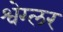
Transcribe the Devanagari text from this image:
श्वेग्लर